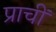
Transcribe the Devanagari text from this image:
प्राचीं